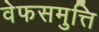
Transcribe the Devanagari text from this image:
वेफसमुत्ति